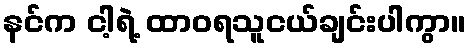
နင်က ငါ့ရဲ့ ထာဝရသူငယ်ချင်းပါကွာ။